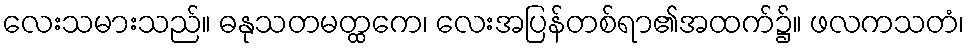
လေးသမားသည်။ ဓနုသတမတ္ထကေ၊ လေးအပြန်တစ်ရာ၏အထက်၌။ ဖလကသတံ၊